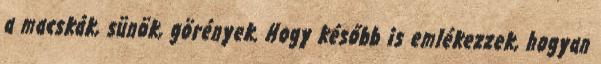
a macskák, sünök, görények. Hogy később is emlékezzek, hogyan